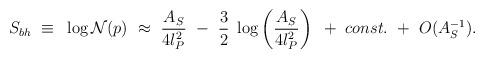
LaTeX: \begin{align*}S_{bh}~\equiv~\log {\cal N}(p)~\approx~ {A_S\over{4l_P^2}} ~-~{3\over2}~\log \left({A_S\over{4l_P^2}} \right)~+~ const.~+~O(A_S^{-1}).\end{align*}